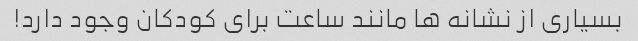
بسیاری از نشانه ها مانند ساعت برای کودکان وجود دارد!